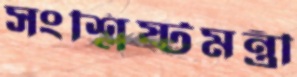
সংশ্লিষ্টমন্ত্রী